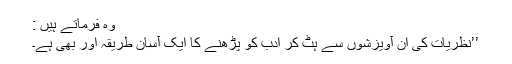
وہ فرماتے ہیں :
’’نظریات کی ان آویزشوں سے ہٹ کر ادب کو پڑھنے کا ایک آسان طریقہ اور بھی ہے۔